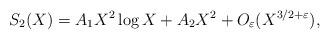
LaTeX: \begin{align*}S_2(X)=A_1X^2\log X+ A_2X^2+O_\varepsilon(X^{3/2+\varepsilon}),\end{align*}